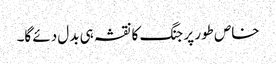
خاص طور پر جنگ کا نقشہ ہی بدل دئے گا۔